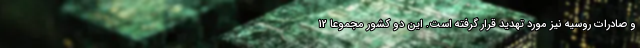
و صادرات روسیه نیز مورد تهدید قرار گرفته است. این دو کشور مجموعا 12